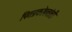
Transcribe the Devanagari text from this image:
पितप्रकोपवांती